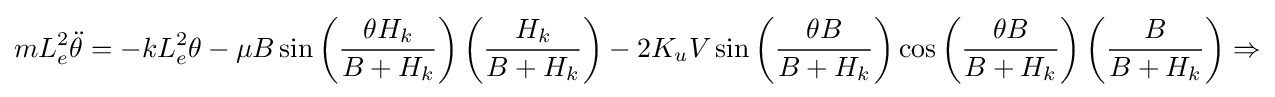
mL_{e}^{2}{\ddot {\theta }}=-kL_{e}^{2}\theta -\mu B\sin {\left({\frac {\theta H_{k}}{B+H_{k}}}\right)}\left({\frac {H_{k}}{B+H_{k}}}\right)-2K_{u}V\sin {\left({\frac {\theta B}{B+H_{k}}}\right)}\cos {\left({\frac {\theta B}{B+H_{k}}}\right)}\left({\frac {B}{B+H_{k}}}\right)\Rightarrow